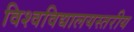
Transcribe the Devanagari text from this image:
विश्वविद्यालयस्तरीय